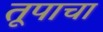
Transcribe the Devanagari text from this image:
तूपाचा